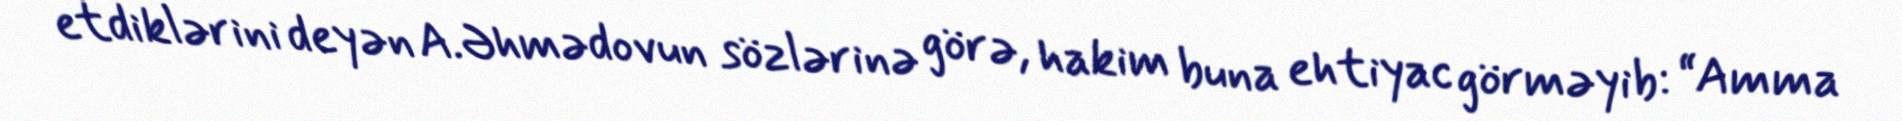
etdiklərini deyən A.Əhmədovun sözlərinə görə, hakim buna ehtiyac görməyib: “Amma